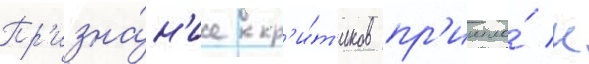
Пр'изна́н'ие кр'и́т'иков пр'ишло́ к